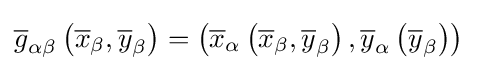
{\overline {g}}_{\alpha \beta }\left({\overline {x}}_{\beta },{\overline {y}}_{\beta }\right)=\left({\overline {x}}_{\alpha }\left({\overline {x}}_{\beta },{\overline {y}}_{\beta }\right),{\overline {y}}_{\alpha }\left({\overline {y}}_{\beta }\right)\right)